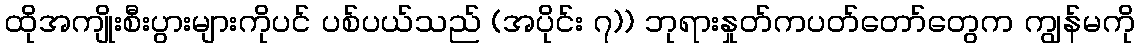
ထိုအကျိုးစီးပွားများကိုပင် ပစ်ပယ်သည် (အပိုင်း ၇)) ဘုရားနှုတ်ကပတ်တော်တွေက ကျွန်မကို